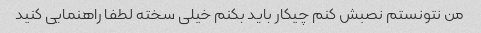
من نتونستم نصبش کنم چیکار باید بکنم خیلی سخته لطفا راهنمایی کنید